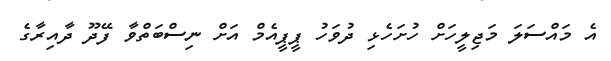
އެ މައްސަލަ މަޖިލީހަށް ހުށަހެޅި ދުވަހު ޕީޕީއެމް އަށް ނިސްބަތްވާ ފޭދޫ ދާއިރާގެ